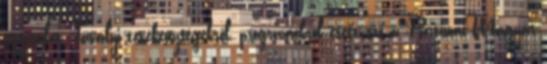
egyesület Tavalyi tevékenységekről, programokról esett szó a Partiumi Magyar